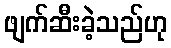
ဖျက်ဆီးခဲ့သည်ဟု